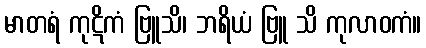
မာတရံ ကုဋိကံ ဗြူသိ၊ ဘရိယံ ဗြူ သိ ကုလာဝကံ။